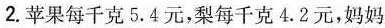
2.苹果每千克5.4元，梨每千克4.2元，妈妈